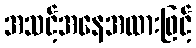
အသင့်အနေအထားဖြင့်